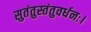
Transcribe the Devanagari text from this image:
सुतंतुस्तंतुवर्धनः।